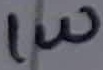
Text: 1W